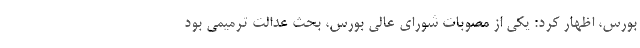
بورس، اظهار کرد: یکی از مصوبات شورای عالی بورس، بحث عدالت ترمیمی بود